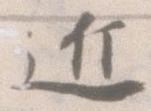
近